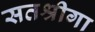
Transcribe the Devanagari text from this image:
सतश्रीगा